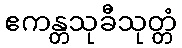
ဧကန္တသုခီသုတ္တံ